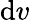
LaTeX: \mathrm{d}v